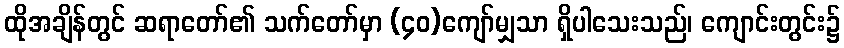
ထိုအချိန်တွင် ဆရာတော်၏ သက်တော်မှာ (၄၀)ကျော်မျှသာ ရှိပါသေးသည်၊ ကျောင်းတွင်း၌